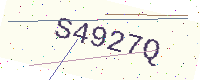
Text: S4927Q